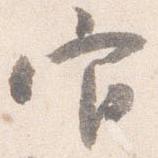
官